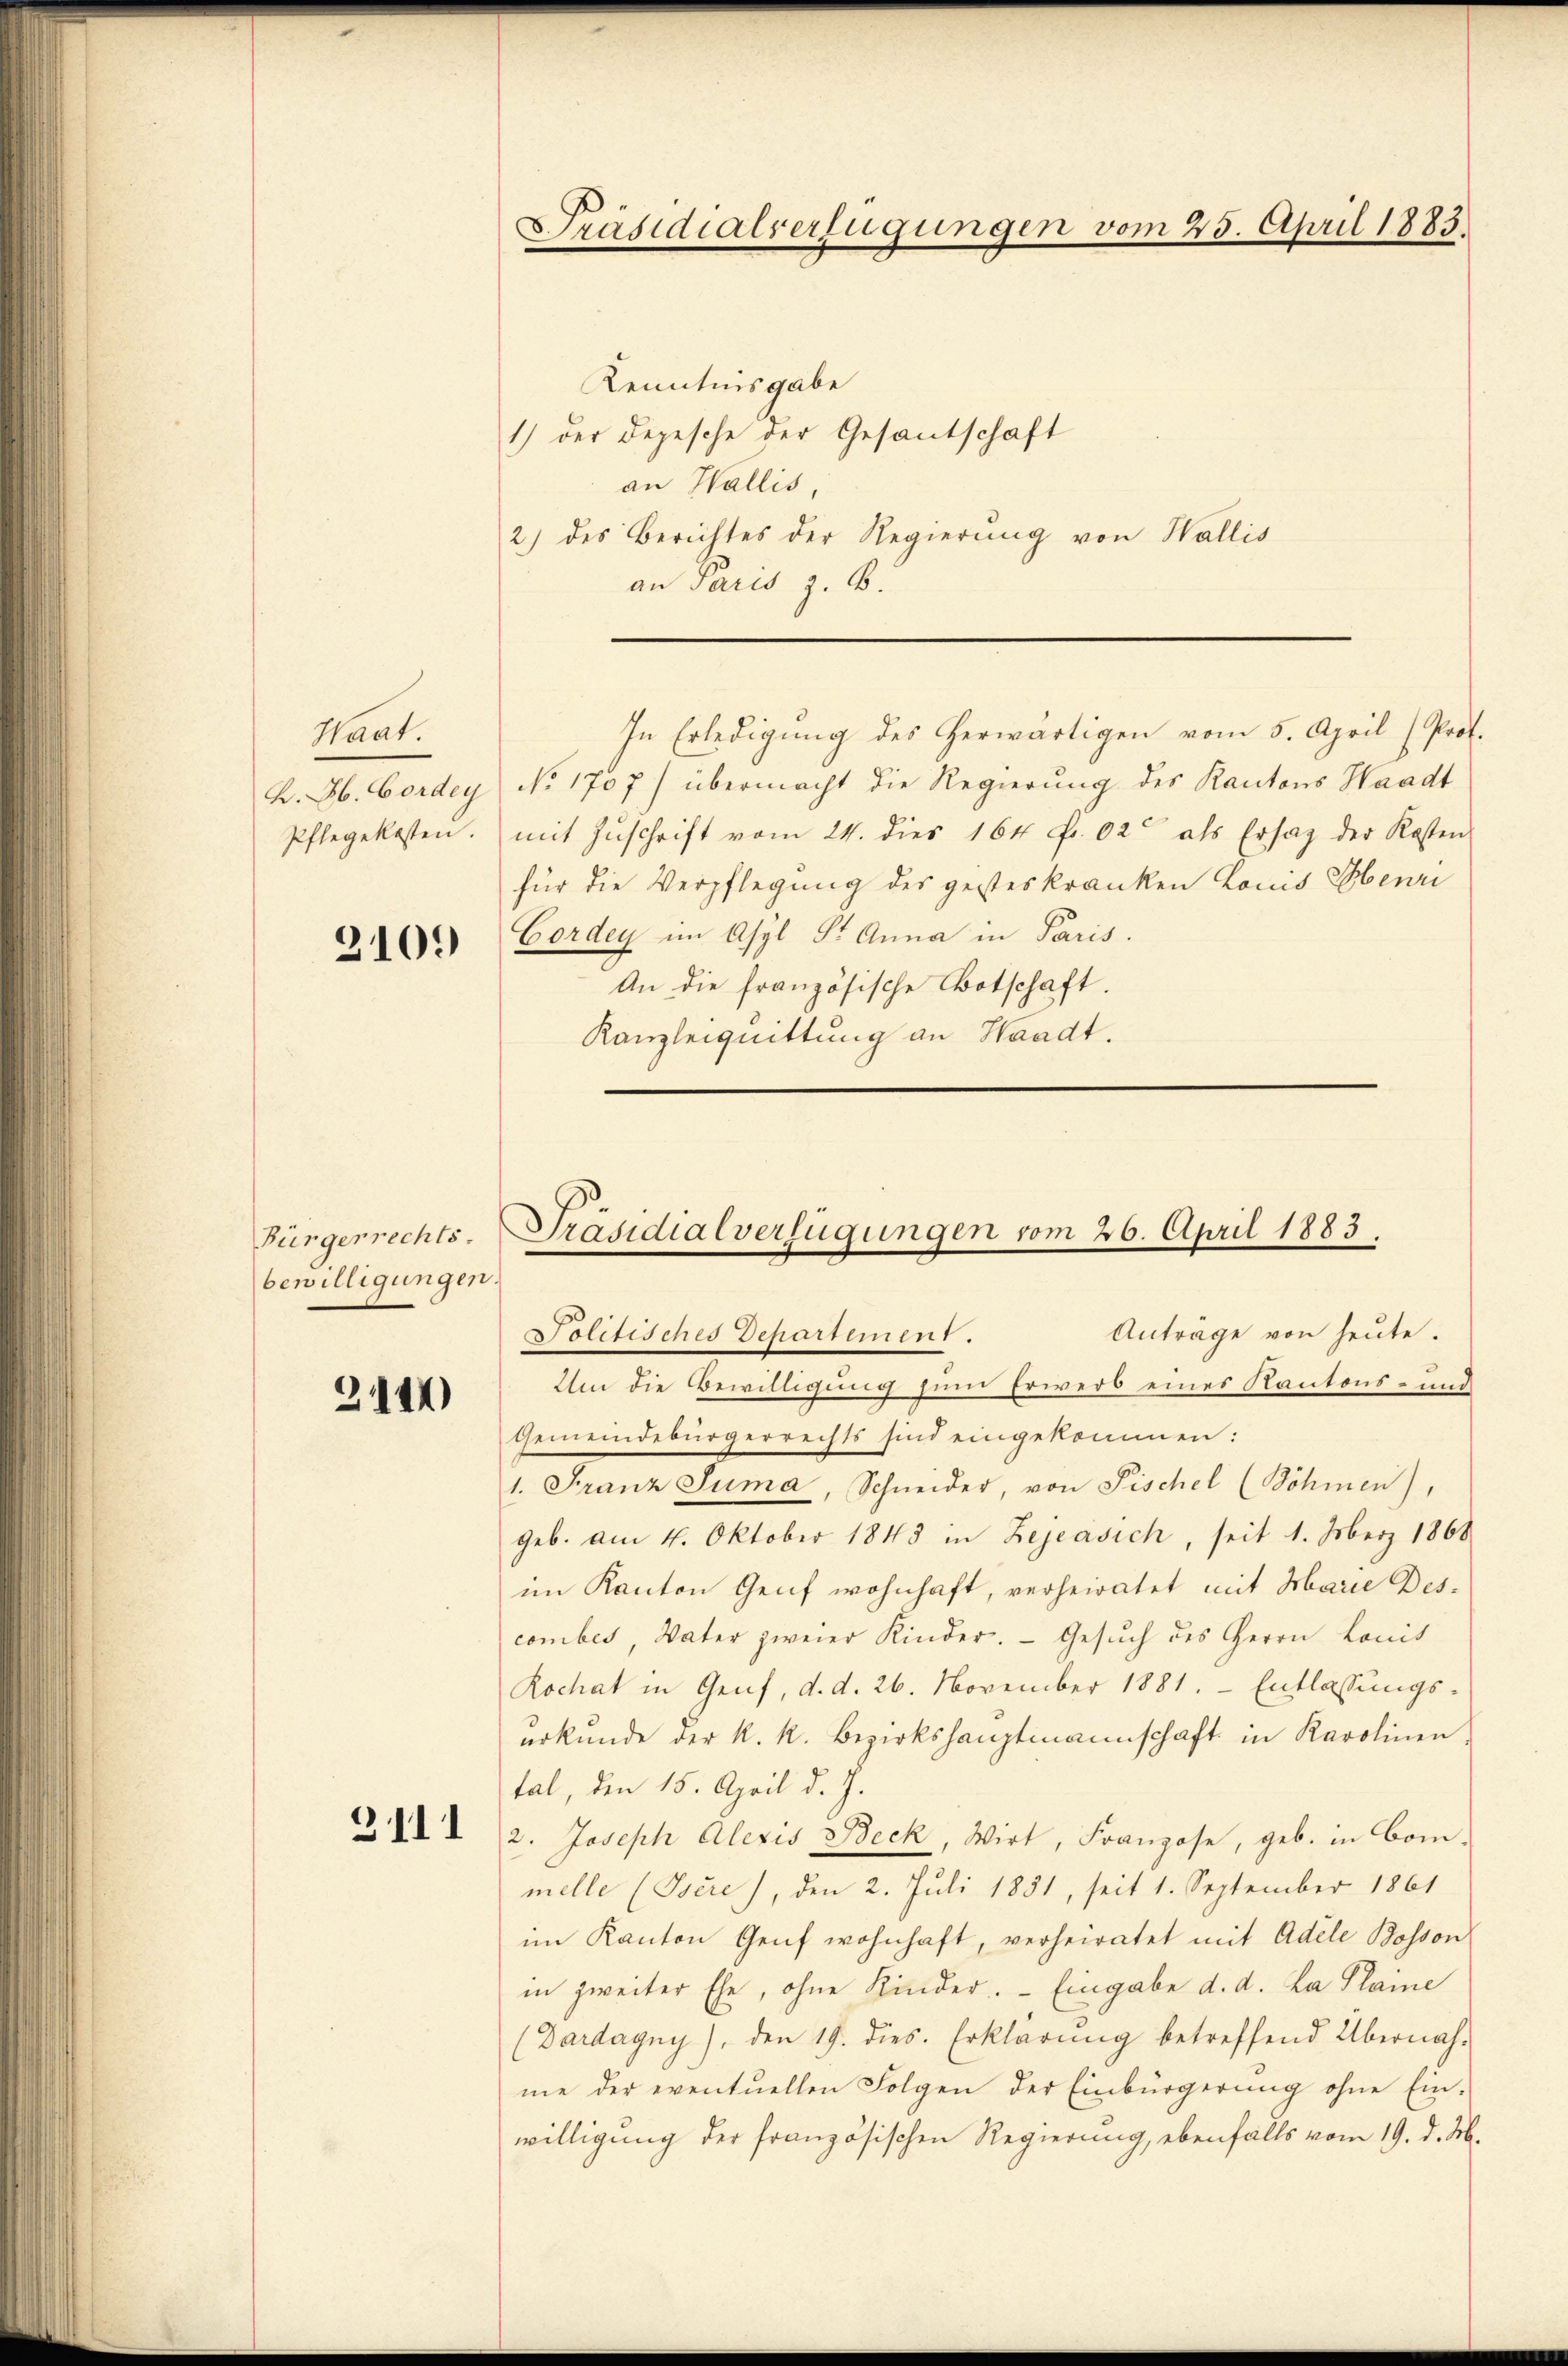
Haat
K. H. Bordey

3109

Bürgerrechts.
bewilligungen.

2144)

3111

Kenntnisgabe
1) der Depesche der Gesantschaft
an Wallis,
2) des Berichtes der Regierŭng von Wallis
an Paris z. B.
In Erledigung des herwärtigen vom 5. April (Prof.
No. 1707) übermacht die Regierung des Kantons Waadt
Pflegekosten. mit Zŭschrift vom 24. dies 164 fr. 02 als Ersatz der Kosten
für die Verpflegung des gesteskranken Louis Oberri
Cordey im Asyl S. Anna in Paris.
An die französische Botschaft.
Kanzleiquittung an Waadt.

Präsidialverfügungen vom 25. April 1883.

Präsidialverfügungen vom 26. April 1883.

Anträge von heute.
Politisches Departement.
Um die Bewilligung zum Erwerb eines Kantons- und
Gemeindebürgerrechts sind eingekommen:
1. Franz Suma, Schneider, von Fischel (Böhmen),
geb. am 4. Oktober 1843 in Zejeasich, seit 1. Merz 1868
im Kanton Genf wohnhaft, verheiratet mit Marie Des-
combes, Vater zweier Kinder. - Gesuch des Herrn Lonis
Rochat in Genf, d. d. 26. November 1881. Entlassungs-
erkŭnde der k. k. Bezirkshauptmannschaft in Karolinen,
tal, den 15. April d. J.
2. Joseph Alexis Beck, Wirt, Franzose, geb. in Com-
melle (Isére), den 2. Juli 1851, seit 1. September 1861
im Kanton Genf wohnhaft, verheiratet mit Adele Bosson
in zweiter Ehe, ohne Kinder. Eingabe d. d. La Plaine
(Dardagny), den 19. dies. Erklärŭng betreffend Übernah-
me der eventuellen Folgen der Einbürgerung ohne Ein-
willigung der französischen Regierung, ebenfalls vom 19. d. M.